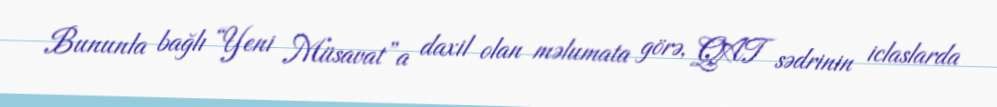
Bununla bağlı “Yeni Müsavat”a daxil olan məlumata görə, QAT sədrinin iclaslarda